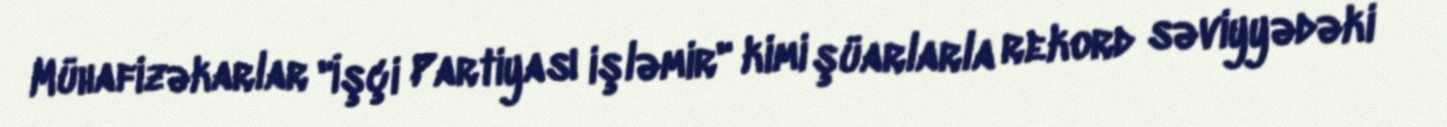
Mühafizəkarlar "İşçi Partiyası işləmir" kimi şüarlarla rekord səviyyədəki